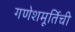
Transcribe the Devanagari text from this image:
गणेशमूर्तिची